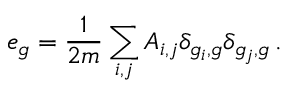
e _ { g } = \frac { 1 } { 2 m } \sum _ { i , j } A _ { i , j } \delta _ { g _ { i } , g } \delta _ { g _ { j } , g } \, .